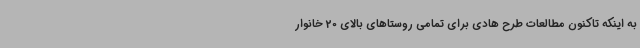
به اینکه تاکنون مطالعات طرح هادی برای تمامی روستاهای بالای 20 خانوار